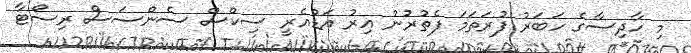
މި ހާދިސާގެ ހަބަރު ފުރަތަމަ ފެތުރުނު އިރު އަޑުއެރީ ސިކްސް ސެންސަސް ރިސޯޓާ